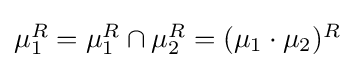
{\textstyle \mu _{1}^{R}=\mu _{1}^{R}\cap \mu _{2}^{R}=(\mu _{1}\cdot \mu _{2})^{R}}